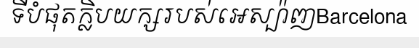
ទីបំផុតក្លិបយក្សរបស់អេស្ប៉ាញBarcelona